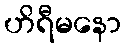
ဟိရီမနော